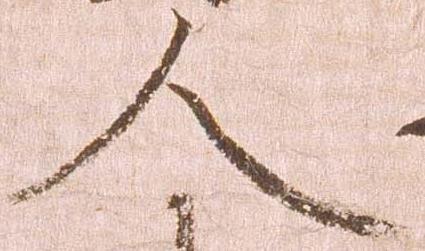
人